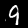
Digit: 9